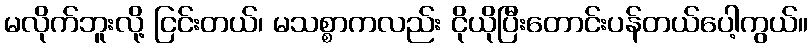
မလိုက်ဘူးလို့ ငြင်းတယ်၊ မသစ္စာကလည်း ငိုယိုပြီးတောင်းပန်တယ်ပေါ့ကွယ်။